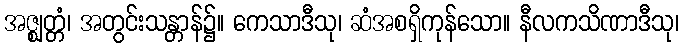
အဇ္ဈတ္တံ၊ အတွင်းသန္တာန်၌။ ကေသာဒီသု၊ ဆံအစရှိကုန်သော။ နီလကသိဏာဒီသု၊